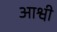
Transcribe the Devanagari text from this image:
आश्वी